Proceedings of the meeting of veterinary officers in India
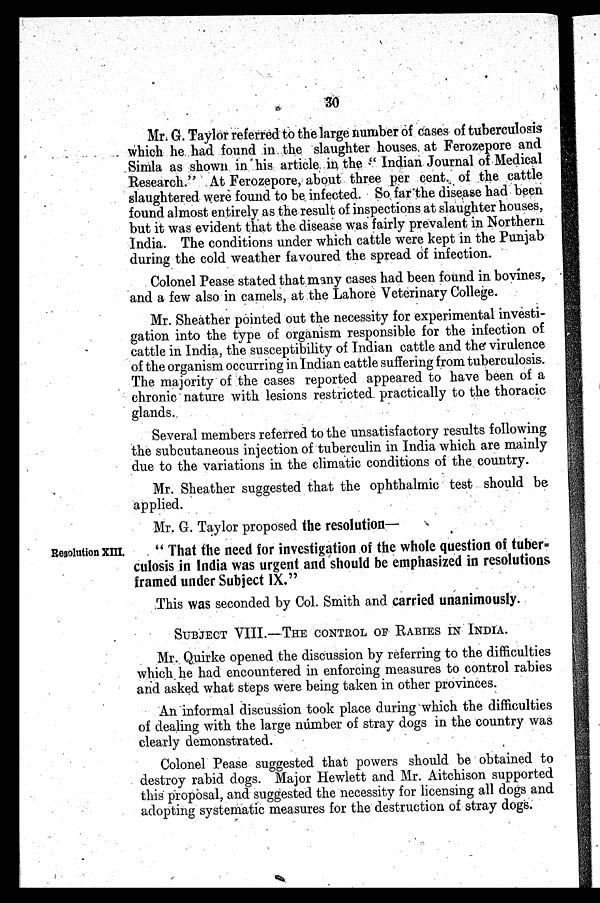
30
Mr. G. Taylor referred to the large number of cases of tuberculosis
which he had found in the slaughter houses at Ferozepore and
Simla as shown in his article in the " Indian Journal of Medical
Research." At Ferozepore, about three per cent. of the cattle
slaughtered were found to be infected. So far the disease had been
found almost entirely as the result of inspections at slaughter houses,
but it was evident that the disease was fairly prevalent in Northern
India. The conditions under which cattle were kept in the Punjab
during the cold weather favoured the spread of infection.
Colonel Pease stated that many cases had been found in bovines,
and a few also in camels, at the Lahore Veterinary College.
Mr. Sheather pointed out the necessity for experimental investi-
gation into the type of organism responsible for the infection of
cattle in India, the susceptibility of Indian cattle and the virulence
of the organism occurring in Indian cattle suffering from tuberculosis.
The majority of the cases reported appeared to have been of a
chronic nature with lesions restricted practically to the thoracic
glands.
Several members referred to the unsatisfactory results following
the subcutaneous injection of tuberculin in India which are mainly
due to the variations in the climatic conditions of the country.
Mr. Sheather suggested that the ophthalmic test should be
applied.
Mr. G. Taylor proposed the resolution—
Resolution XIII.
" That the need for investigation of the whole question of tuber=
culosis in India was urgent and should be emphasized in resolutions
framed under Subject IX."
This was seconded by Col. Smith and carried unanimously.
SUBJECT VIII.—THE CONTROL OF RABIES IN INDIA.
Mr. Quirke opened the discussion by referring to the difficulties
which he had encountered in enforcing measures to control rabies
and asked what steps were being taken in other provinces.
An informal discussion took place during which the difficulties
of dealing with the large number of stray dogs in the country was
clearly demonstrated.
Colonel Pease suggested that powers should be obtained to
destroy rabid dogs. Major Hewlett and Mr. Aitchison supported
this proposal, and suggested the necessity for licensing all dogs and
adopting systematic measures for the destruction of stray dogs.